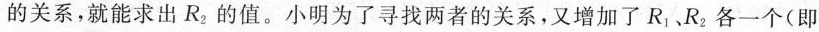
的关系，就能求出R_{2}的值。小明为了寻找两者的关系，又增加了R_{1}、R_{2}各一个(即